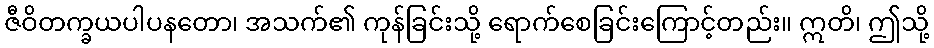
ဇီဝိတက္ခယပါပနတော၊ အသက်၏ ကုန်ခြင်းသို့ ရောက်စေခြင်းကြောင့်တည်း။ ဣတိ၊ ဤသို့